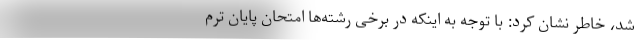
شد، خاطر نشان کرد: با توجه به اینکه در برخی رشته‌ها امتحان پایان ترم